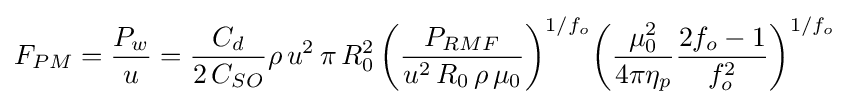
F_{PM}={\frac {P_{w}}{u}}={\frac {C_{d}}{2\,C_{SO}}}\rho \,u^{2}\,\pi \,R_{0}^{2}\,{\biggl (}{\frac {P_{RMF}}{u^{2}\,R_{0}\,\rho \,\mu _{0}}}{\biggr )}^{1/f_{o}}{\biggl (}{\frac {\mu _{0}^{2}}{4\pi \eta _{p}}}{\frac {2f_{o}-1}{f_{o}^{2}}}{\biggr )}^{1/f_{o}}